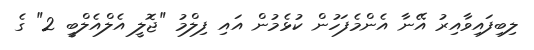
ލިބިފައިވާއިރު އޭނާ އެންމެފަހުން ކުޅެމުން އައި ފިލްމު "ޖޮލީ އެލްއެލްބީ 2" ގެ